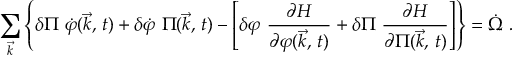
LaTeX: \sum _ { \vec { k } } \left\{ \delta \Pi \ \dot { \varphi } ( \vec { k } , \, t ) + \delta \dot { \varphi } \ \Pi ( \vec { k } , \, t ) - \left[ \delta \varphi \ { \frac { \partial H } { \partial \varphi ( \vec { k } , \, t ) } } + \delta \Pi \ { \frac { \partial H } { \partial \Pi ( \vec { k } , \, t ) } } \right] \right\} = \dot { \Omega } \ .